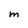
Character: M